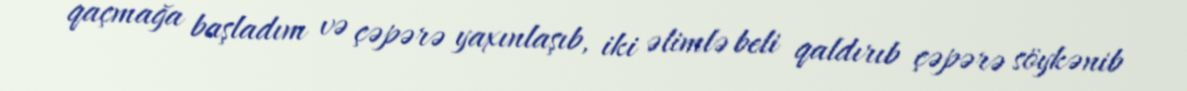
qaçmağa başladım və çəpərə yaxınlaşıb, iki əlimlə beli qaldırıb çəpərə söykənib